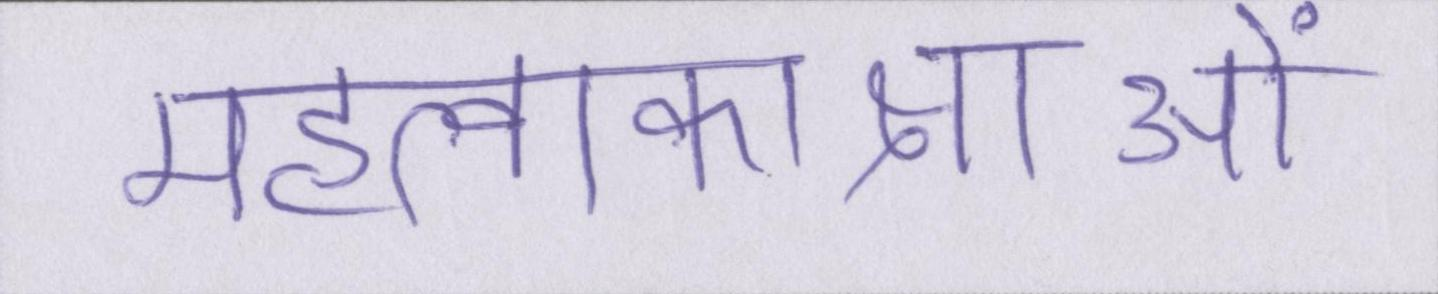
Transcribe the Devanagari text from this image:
महत्वाकाक्षाओं